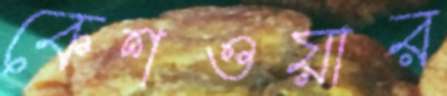
কেশওয়ার